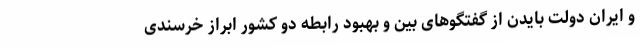
و ایران دولت بایدن از گفتگوهای بین و بهبود رابطه دو کشور ابراز خرسندی